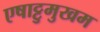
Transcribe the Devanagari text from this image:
एषाट्टुमुखम